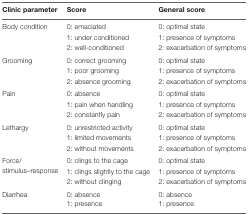
| Clinic parameter | Score | General score |
 | --- | --- | --- |
 | <ROWSPAN=3> Body condition | 0: emaciated | 0: optimal state |
 | 1: under conditioned | 1: presence of symptoms |
 | 2: well-conditioned | 2: exacerbation of symptoms |
 | <ROWSPAN=3> Grooming | 0: correct grooming | 0: optimal state |
 | 1: poor grooming | 1: presence of symptoms |
 | 2: absence grooming | 2: exacerbation of symptoms |
 | <ROWSPAN=3> Pain | 0: absence | 0: optimal state |
 | 1: pain when handling | 1: presence of symptoms |
 | 2: constantly pain | 2: exacerbation of symptoms |
 | <ROWSPAN=3> Lethargy | 0: unrestricted activity | 0: optimal state |
 | 1: limited movements | 1: presence of symptoms |
 | 2: without movements | 2: exacerbation of symptoms |
 | <ROWSPAN=3> Force/stimulus–response | 0: clings to the cage | 0: optimal state |
 | 1: clings slightly to the cage | 1: presence of symptoms |
 | 2: without clinging | 2: exacerbation of symptoms |
 | <ROWSPAN=2> Diarrhea | 0: absence | 0: absence |
 | 1: presence | 1: presence |